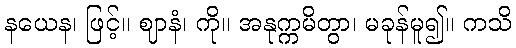
နယေန၊ ဖြင့်။ ဈာနံ၊ ကို။ အနုက္ကမိတွာ၊ မခုန်မူ၍။ ကသိ